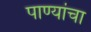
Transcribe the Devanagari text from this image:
पाण्यांचा